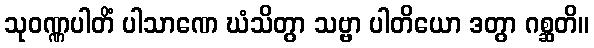
သုဝဏ္ဏပါတိံ ပါသာဏေ ဃံသိတွာ သဗ္ဗာ ပါတိယော ဒတွာ ဂစ္ဆတိ။